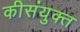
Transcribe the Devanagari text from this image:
कीसंयुक्त